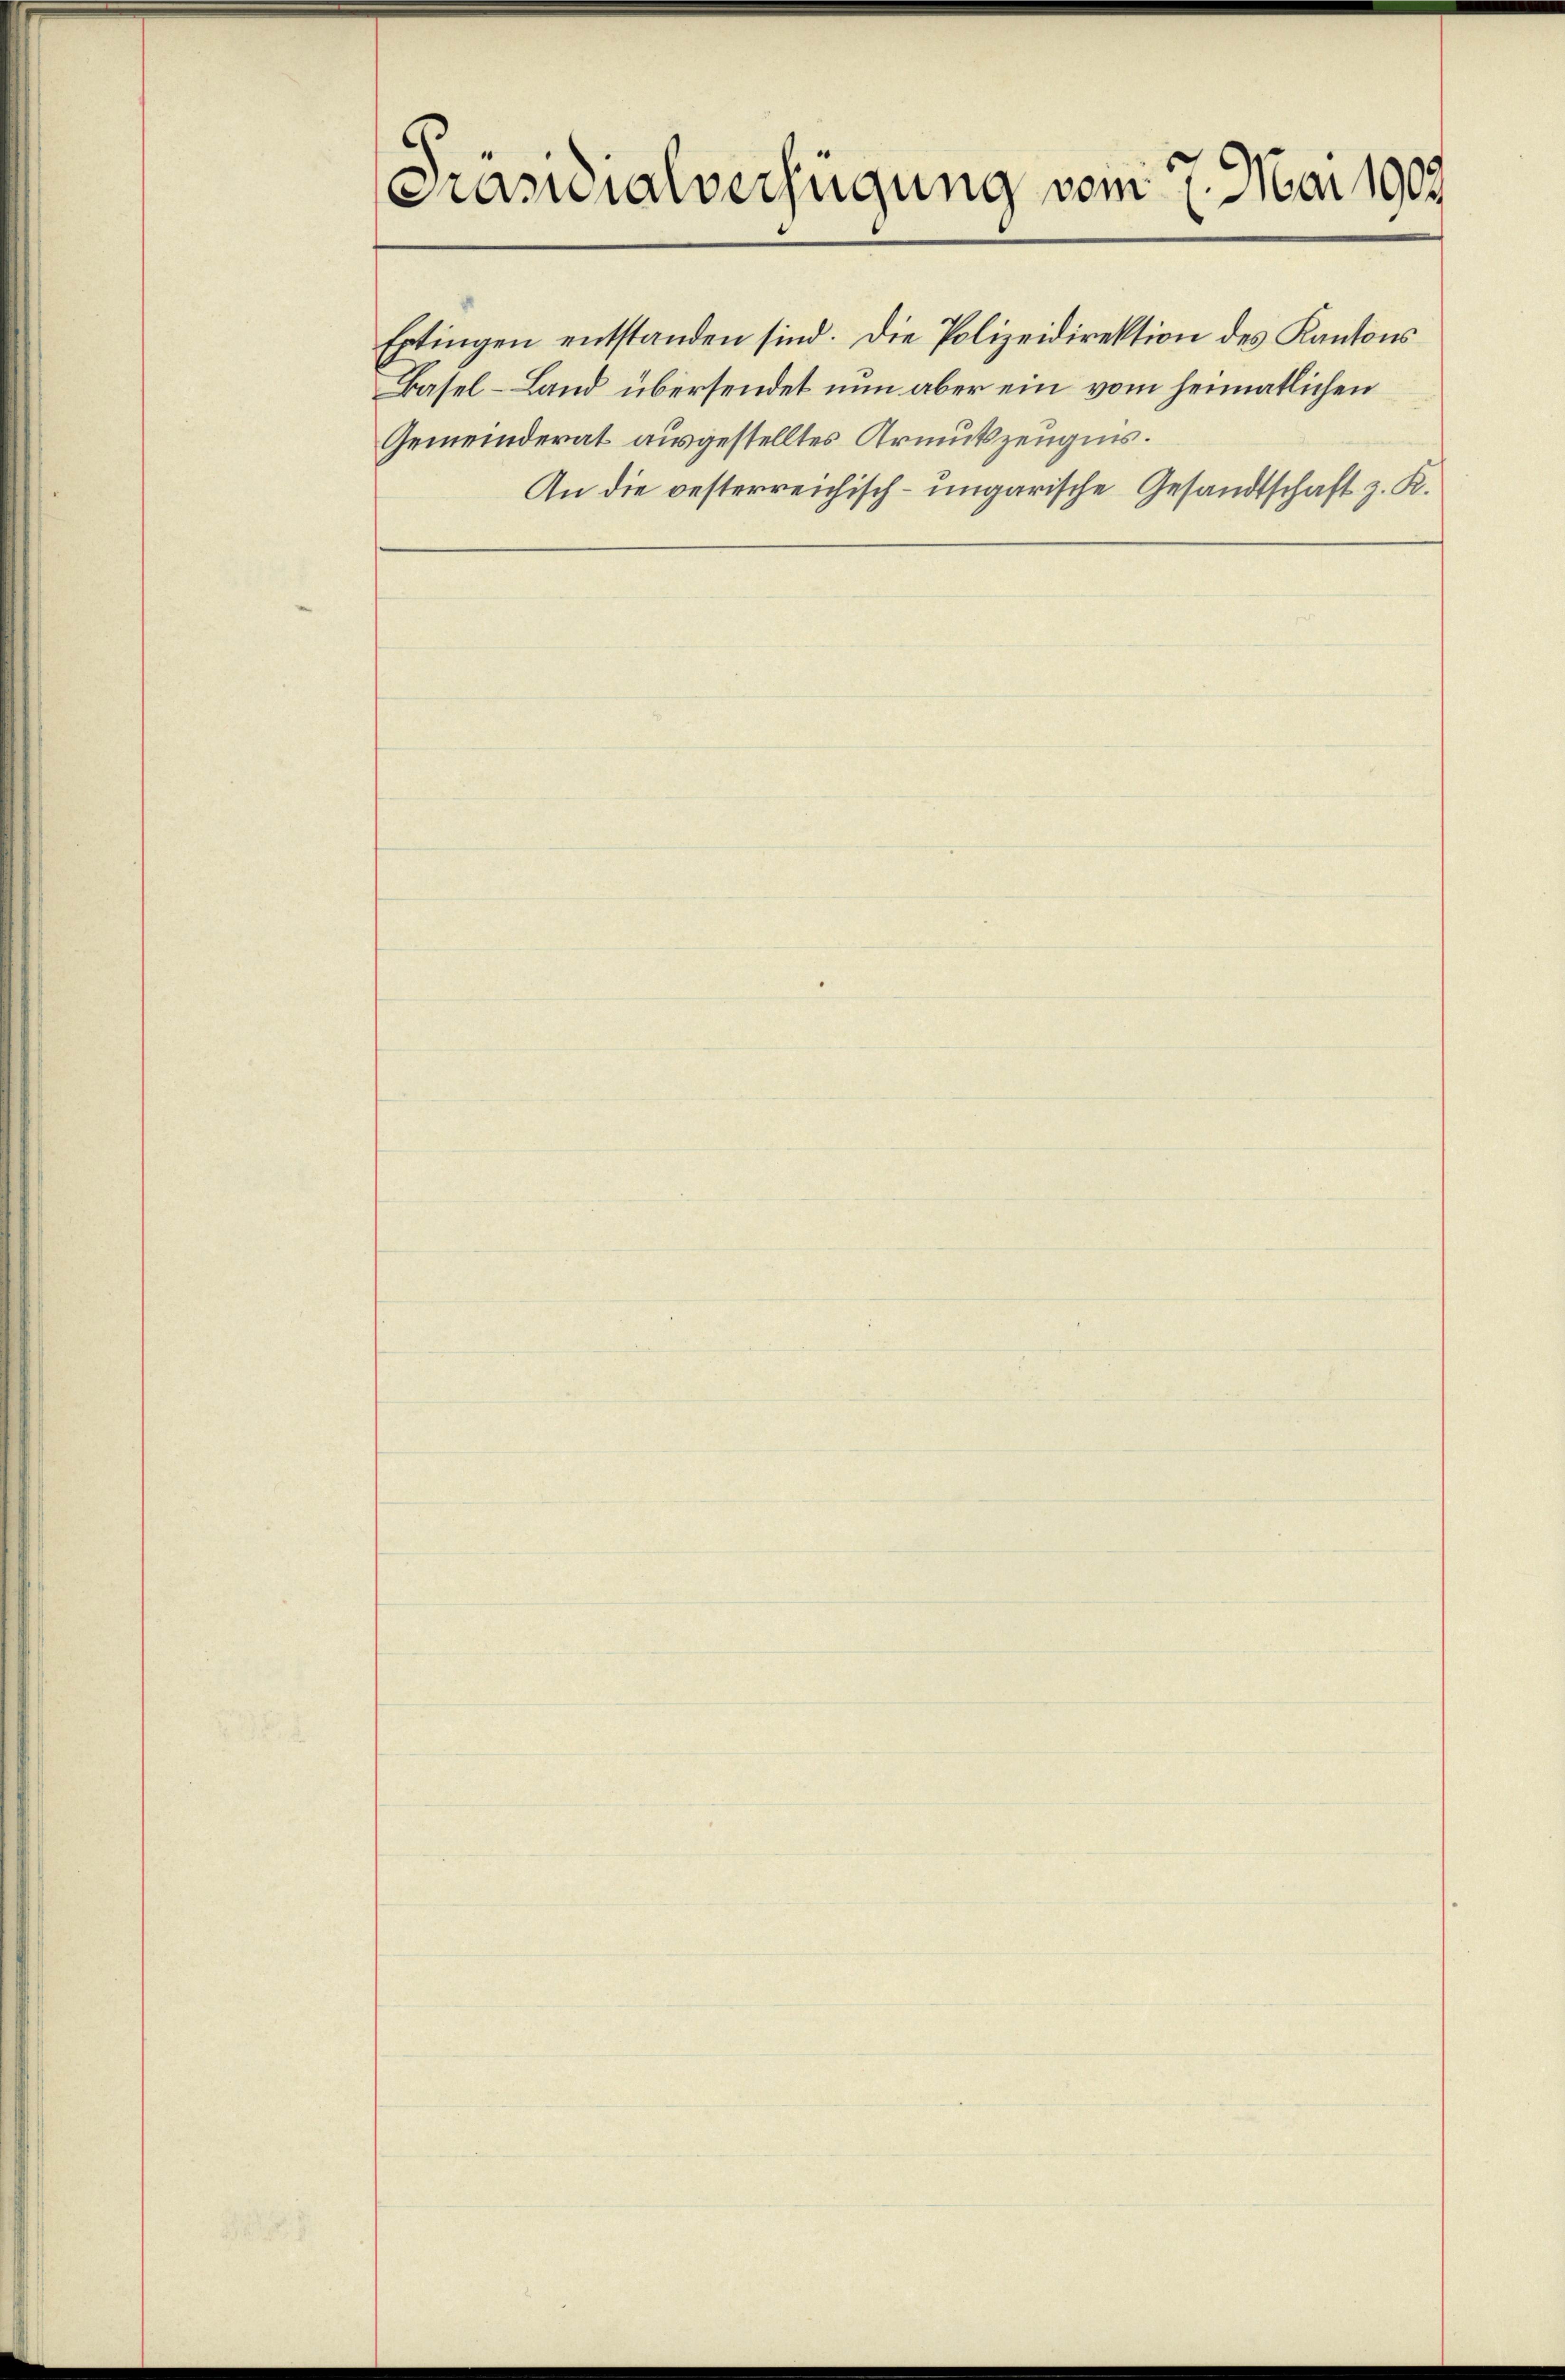
Präsidialverfügung vom 7. Mai 1909

Extingen entstanden sind. Die Polizeidirektion des Kantons
Basel-Land übersendet nun aber ein vom heimatlichen
Gemeinderat ausgestelltes Armutszeugnis.
An die oesterreichisch-ungarische Gesandtschaft z. K.